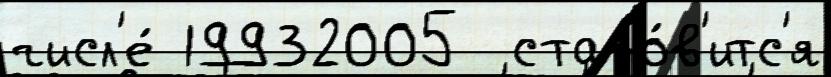
числ'е́ 19932005  стано́в'итс'я